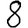
Digit: 8